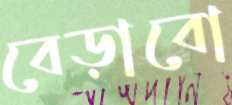
বেড়াবো